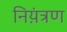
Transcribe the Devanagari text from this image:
निय़ंत्रण